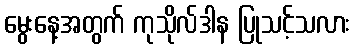
မွေးနေ့အတွက် ကုသိုလ်ဒါန ပြုသင့်သလား